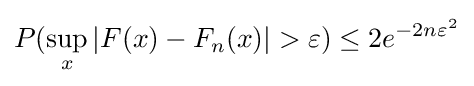
P(\sup _{x}|F(x)-F_{n}(x)|>\varepsilon )\leq 2e^{-2n\varepsilon ^{2}}